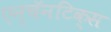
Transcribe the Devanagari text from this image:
एन्चॅनटिक्स